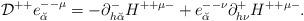
LaTeX: \begin{align*}{\cal D}^{++} e^{--\mu}_{\breve\alpha} = - \partial^-_{h {\breve\alpha}} H^{++ \mu -}+e^{--\nu}_{\breve\alpha} \partial^+_{h \nu} H^{++ \mu -} .\end{align*}